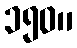
၁၅၀။